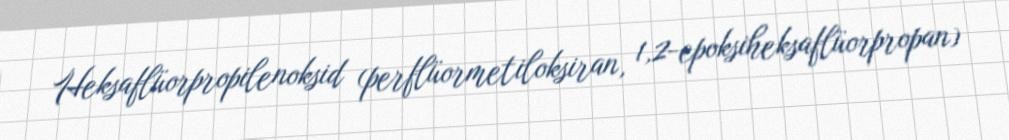
Heksaflüorpropilenoksid (perflüormetiloksiran, 1,2-epoksiheksaflüorpropan)